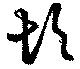
坎